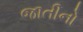
જાતીનો